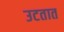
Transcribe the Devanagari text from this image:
उटतात